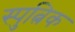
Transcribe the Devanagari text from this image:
स्पुत्निक